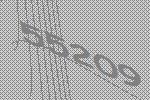
55209